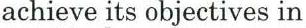
achieve its objectives in